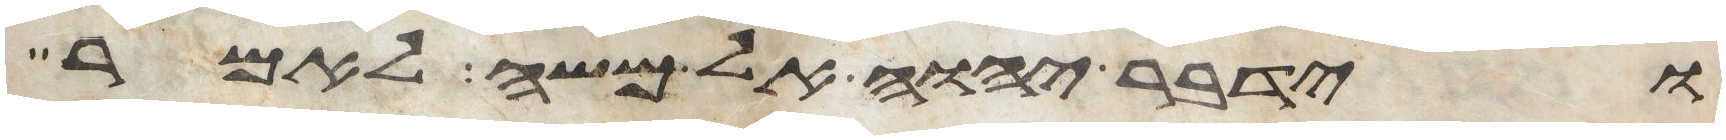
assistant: וידבר יהוה אל משה לאמר